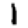
Digit: 1